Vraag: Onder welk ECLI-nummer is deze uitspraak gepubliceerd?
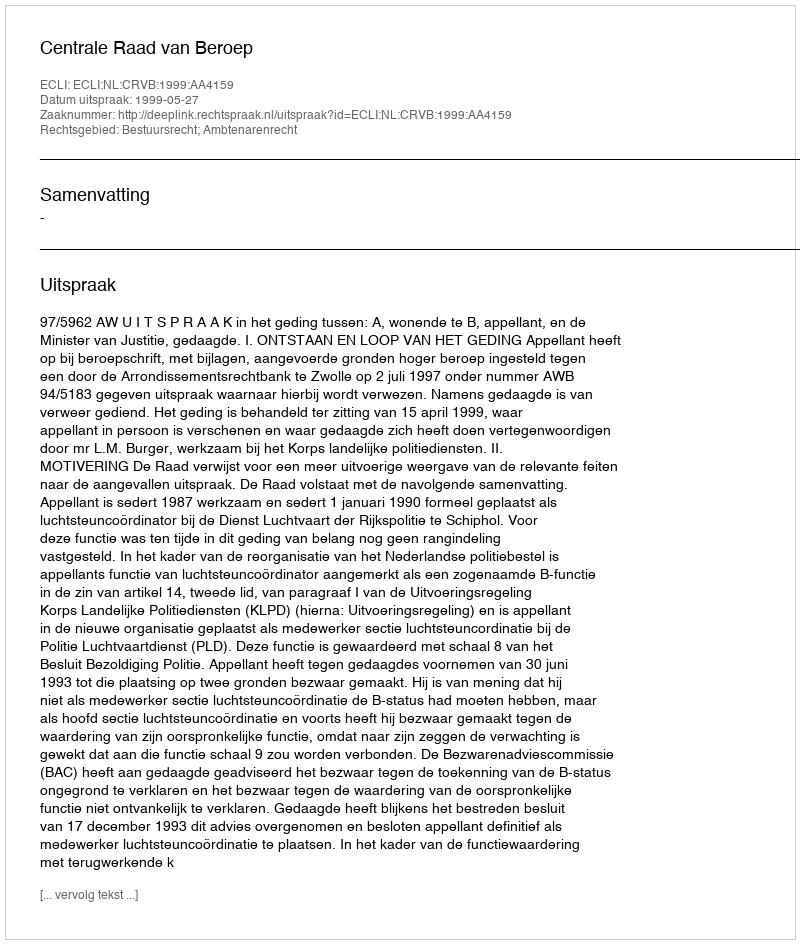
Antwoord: ECLI:NL:CRVB:1999:AA4159